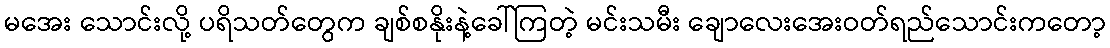
မအေး သောင်းလို့ ပရိသတ်တွေက ချစ်စနိုးနဲ့ခေါ်ကြတဲ့ မင်းသမီး ချောလေးအေးဝတ်ရည်သောင်းကတော့